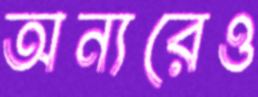
অন্যরেও